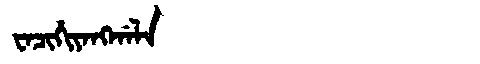
Manchu: ᠸᠠᠴᡳᡥᡳᠶᠠᠩᡤᠠᠯᠠ
Romanization: WACIHIYANGGALA